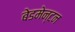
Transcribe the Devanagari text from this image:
बेडमेन्टन